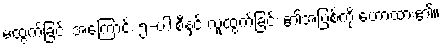
မထွက်ခြင်း အကြောင်း ၅-ပါးစီနှင့် လူထွက်ခြင်း ၏အပြစ်ကို ဟောထား၏။